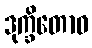
ဒုက္ခိတောဝ